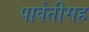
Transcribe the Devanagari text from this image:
पार्वतीसह